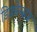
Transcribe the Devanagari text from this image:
डिफ़रेन्सज